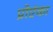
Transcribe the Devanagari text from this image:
प्रोएंका